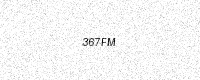
Text: 367FM